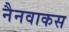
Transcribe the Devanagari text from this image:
नैनवाकस